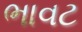
ભાવટ